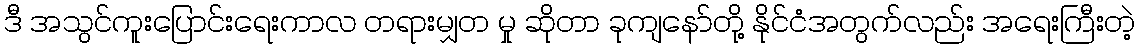
ဒီ အသွင်ကူးပြောင်းရေးကာလ တရားမျှတ မှု ဆိုတာ ခုကျနော်တို့ နိုင်ငံအတွက်လည်း အရေးကြီးတဲ့